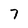
Character: 7